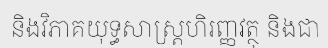
និងវិភាគយុទ្ធសាស្ត្រហិរញ្ញវត្ថុ និងជា